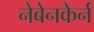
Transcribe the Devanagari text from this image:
नेबेनकेर्न